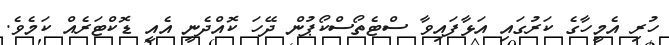
ހުރި އެމީހާގެ ކަރުގައި އަޅާފައިވާ ސްޓެތޯސްކޯޕުން ދޭހަ ކޮއްދެނީ އެއީ ޑޮކްޓަރެއް ކަމެވެ.